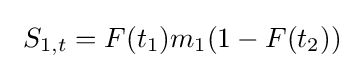
\ S_{1,t}=F(t_{1})m_{1}(1-F(t_{2}))